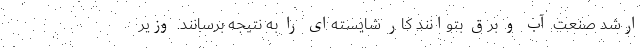
ارشد صنعت آب و برق بتوانند کار شایسته‌ای را به نتیجه برسانند. وزیر